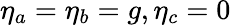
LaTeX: \eta_{a}=\eta_{b}=g,\eta_{c}=0